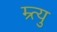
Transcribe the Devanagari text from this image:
म्र्त्यु